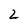
Character: 2